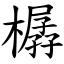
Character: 樼